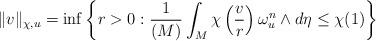
LaTeX: \begin{align*}\|v\|_{\chi, u}=\inf\left\{r>0: \frac{1}{(M)}\int_M \chi\left(\frac{v}{r}\right)\omega_u^n\wedge d\eta\leq \chi(1)\right\}\end{align*}